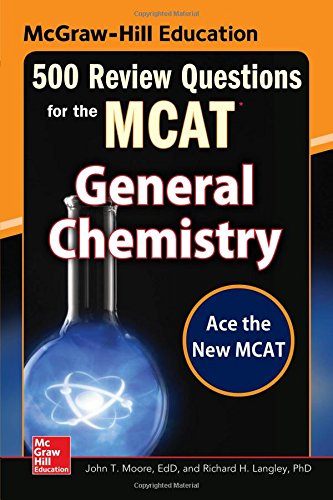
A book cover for McGraw-Hill Education 500 Review Questions for the MCAT: General Chemistry (Mcgraw-Hill's 500 Questions); John T. Moore; Test Preparation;